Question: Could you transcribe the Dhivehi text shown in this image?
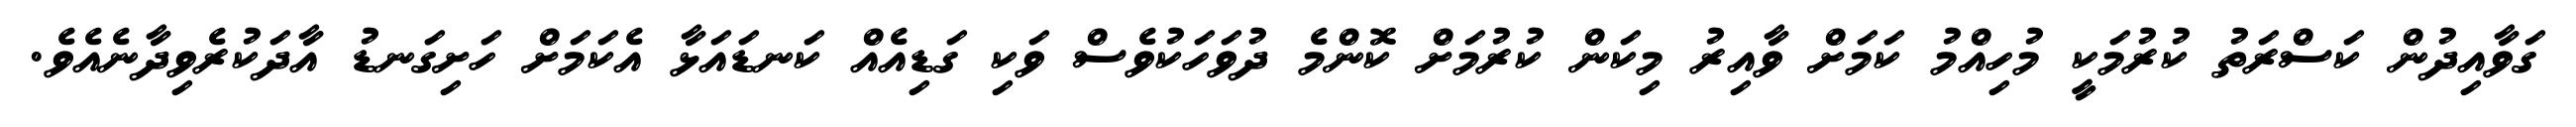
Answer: ގަވާއިދުން ކަސްރަތު ކުރުމަކީ މުހިއްމު ކަމަށް ވާއިރު މިކަން ކުރުމަށް ކޮންމެ ދުވަހަކުވެސް ވަކި ގަޑިއެއް ކަނޑައަޅާ އެކަމަށް ހަށިގަނޑު އާދަކުރެވިދާނެއެވެ.